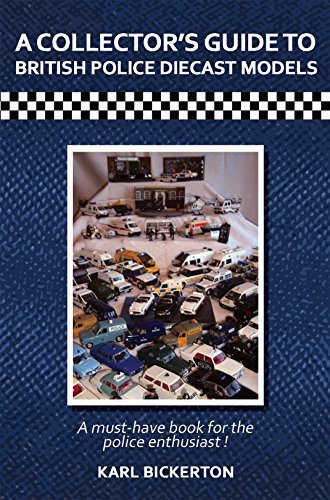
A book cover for A Collector's Guide to British Police Diecast Models by Karl Bickerton (2-Mar-2015) Paperback; Karl Bickerton; Crafts, Hobbies & Home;